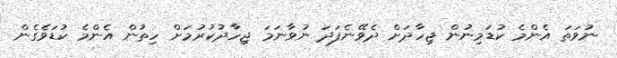
ނުވަތަ އެންމެ ކުޑަމިނުން ޖިހާދަށް ދެވޭނެފަދަ ނުވާނަމަ ޖިހާދުކުރުމަށް ހިތުން އެންމެ ކުޑަވެގެން